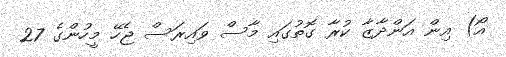
އޯ) އިން އަންދާޒާ ކުރާ ގޮތުގައި މާސް ވައިރަސް ޖެހޭ މީހުންގެ 27